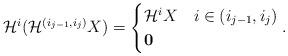
LaTeX: \begin{align*}\mathcal{H}^{i}(\mathcal{H}^{(i_{j-1}, i_{j})}X)=\begin{cases}\mathcal{H}^{i}X & i\in (i_{j-1},i_{j})\\\mathbf{0} &\end{cases}.\end{align*}